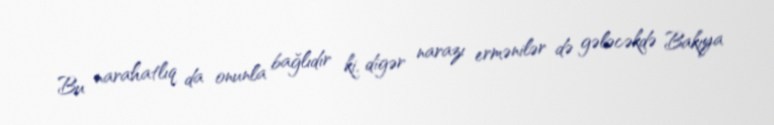
Bu narahatlıq da onunla bağlıdır ki, digər narazı ermənilər də gələcəkdə Bakıya